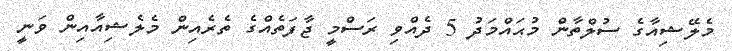
މެލޭޝިއާގެ ސުލްތާން މުޙައްމަދު 5 ދެއްވި ރަސްމީ ޖާފަތެއްގެ ތެރެއިން މެލެޝިއާއިން ވަނީ